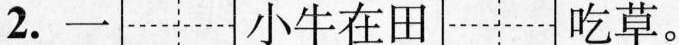
2.一小牛在田吃草。